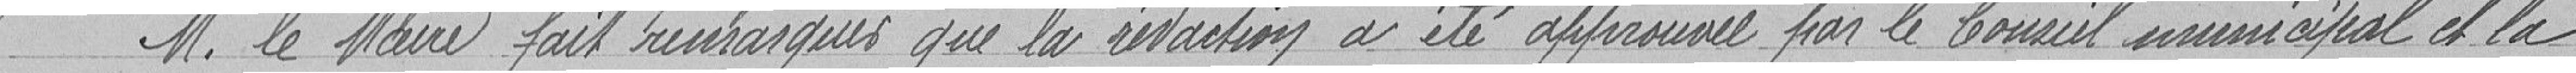
Monsieur le Maire fait remarquer que la rédaction a été approuvée par le Conseil municipal et la